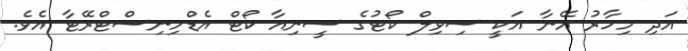
އަދި މިހާރު އޭނާ އަކީ ސިވިލް ކޯޓުގެ ސީނިއާ ކޯޓް އެޑްމިނިސްޓްރޭޓާ އެވެ.